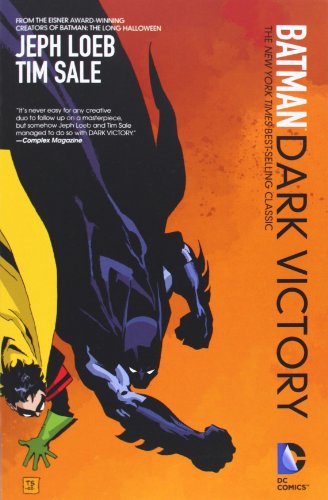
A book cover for Batman: Dark Victory (new edition); Jeph Loeb; Comics & Graphic Novels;